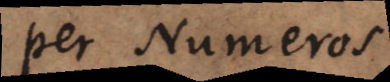
per Numeros.